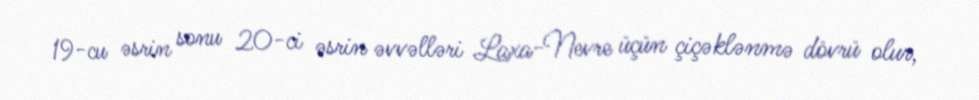
19-cu əsrin sonu 20-ci əsrin əvvəlləri Laxa-Nevre üçün çiçəklənmə dövrü olur,